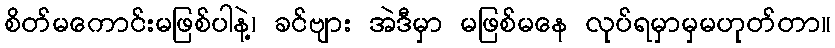
စိတ်မကောင်းမဖြစ်ပါနဲ့၊ ခင်ဗျား အဲဒီမှာ မဖြစ်မနေ လုပ်ရမှာမှမဟုတ်တာ။